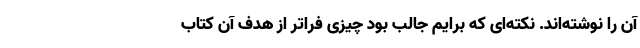
آن را نوشته‌اند. نکته‌ای که برایم جالب بود چیزی فراتر از هدف آن کتاب